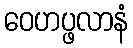
ဝေဟပ္ဖလာနံ